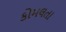
કોમલતા